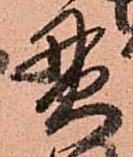
貫